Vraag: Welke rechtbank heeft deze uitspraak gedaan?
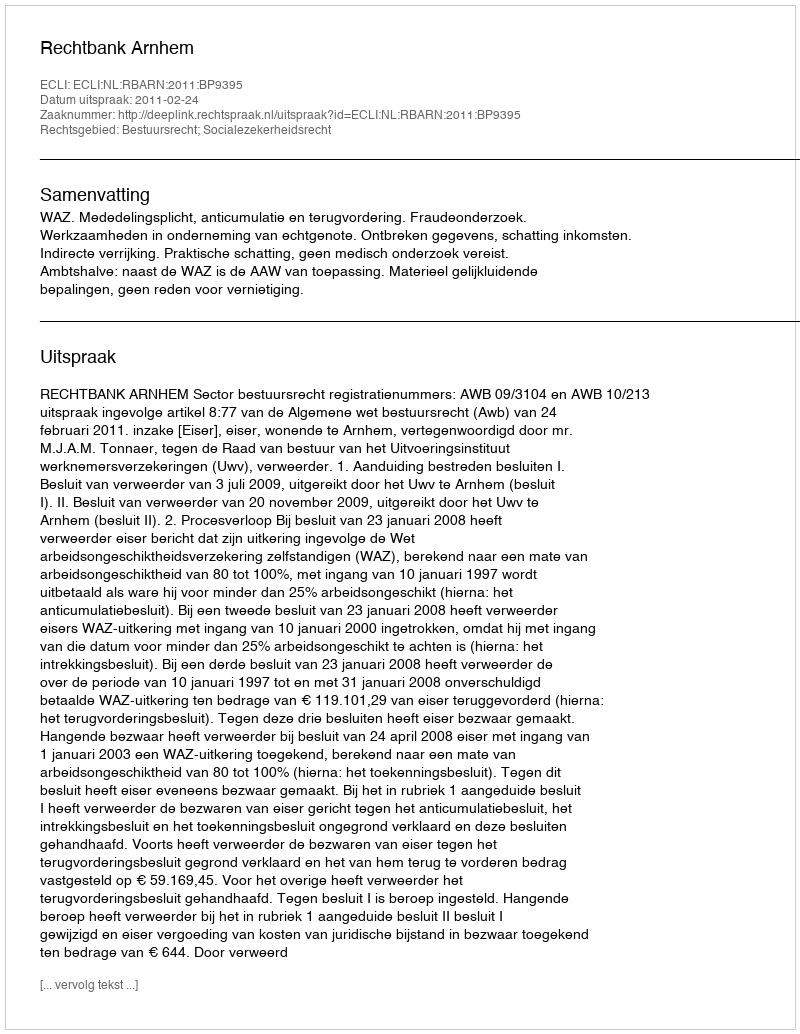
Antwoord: Rechtbank Arnhem